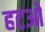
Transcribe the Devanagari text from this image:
हटओ